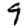
Digit: 9